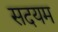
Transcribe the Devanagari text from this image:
सदयम